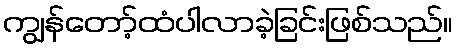
ကျွန်တော့်ထံပါလာခဲ့ခြင်းဖြစ်သည်။